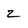
Character: 2